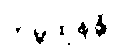
ကုမ္ဘထုနန္တိ